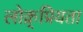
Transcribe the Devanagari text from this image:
लोक्र्प्रियता